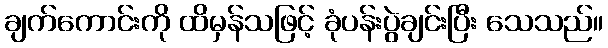
ချက်ကောင်းကို ထိမှန်သဖြင့် ခုံပန်းပွဲချင်းပြီး သေသည်။